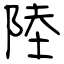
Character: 陸